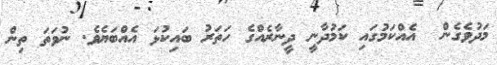
މަދުވެގެން  އެއްކަމުގައި ކަމުދާނީ ދީނާރެއްގެ ހަތަރު ބައިކުޅަ އެއްބަޔެވެ. ނުވަތަ ތިން